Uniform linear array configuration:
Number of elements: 24
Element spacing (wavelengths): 1
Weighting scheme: hamming
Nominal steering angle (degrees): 30
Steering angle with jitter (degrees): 31.725
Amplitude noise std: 0.05
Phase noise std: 0.05

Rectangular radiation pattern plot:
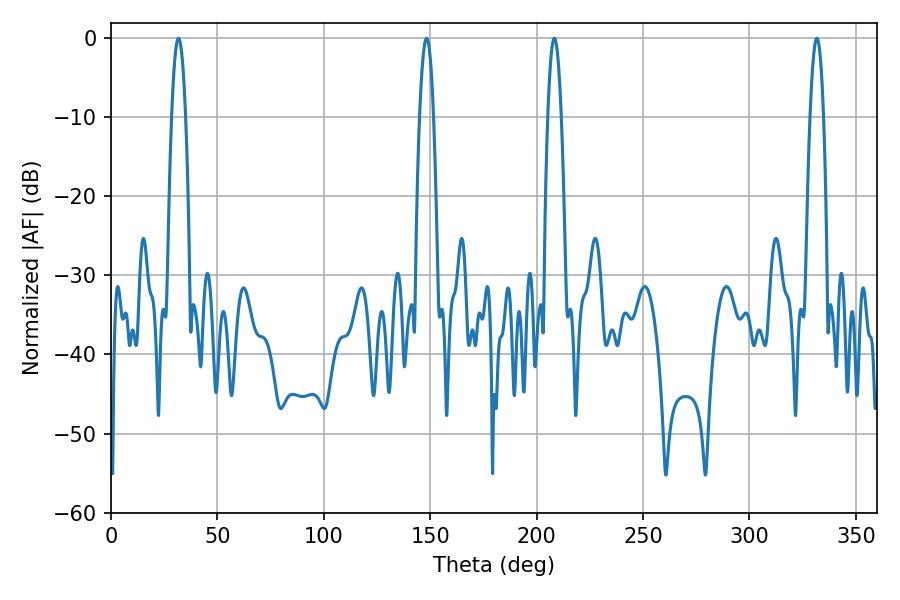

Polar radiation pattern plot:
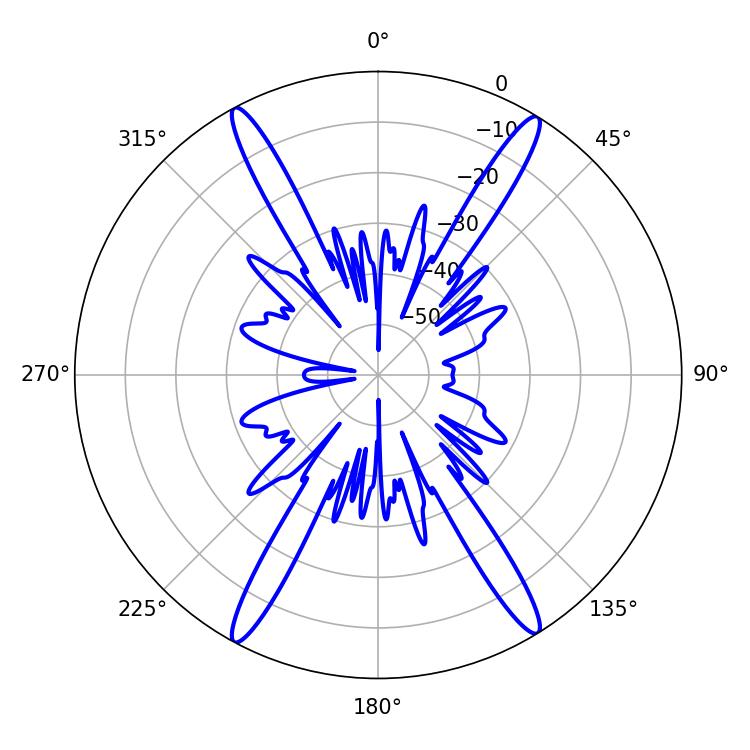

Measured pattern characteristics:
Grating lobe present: TRUE
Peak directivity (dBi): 23.536
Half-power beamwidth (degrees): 3.6
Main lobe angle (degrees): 31.68